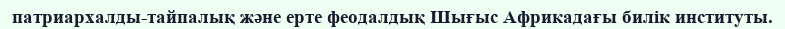
патриархалды-тайпалық және ерте феодалдық Шығыс Африкадағы билік институты.